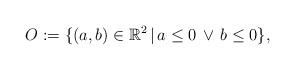
LaTeX: \begin{align*}O:=\{(a,b)\in\mathbb R^2\,|\,a\leq 0\,\lor\,b\leq 0\},\end{align*}